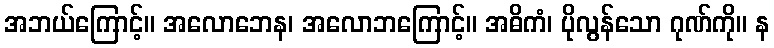
အဘယ်ကြောင့်။ အလောဘေန၊ အလောဘကြောင့်။ အဓိကံ၊ ပိုလွန်သော ဂုဏ်ကို။ န